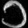
Digit: ၁